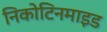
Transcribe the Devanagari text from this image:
निकोटिनमाइड